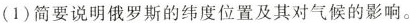
(1)简要说明俄罗斯的纬度位置及其对气候的影响。